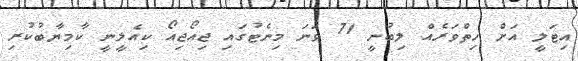
އިޓަލީ އަށް ހިތްވަރެއް ލިބުނީ 71 ވަނަ މިނެޓުގައި ޖިއޯޖިއޯ ކިއެލީނީ ކާމިޔާބުކުރި